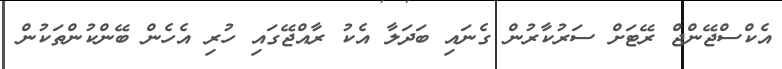
އެކްސްޖޭންޖް ރޭޓަށް ސަރުކާރުން ގެނައި ބަދަލާ އެކު ރާއްޖޭގައި ހުރި އެހެން ބޭންކުންތަކުން